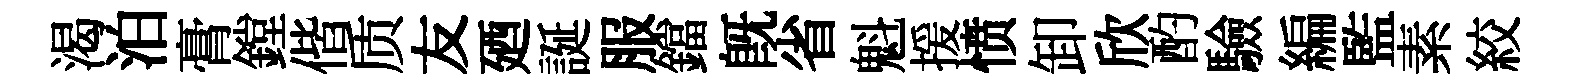
渴泊膏鏜偕质友廼誕服鐺旣省魁援愤卸欣酌驗編監素絞